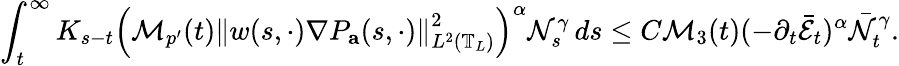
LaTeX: \int_{t}^{\infty}K_{s-t}\left(\mathcal{M}_{p^{\prime}}(t)\left\| w(s,\cdot)\nabla P_{\mathbf{a}}(s,\cdot)\right\| _{L^{2}\left(\mathbb{T}_{L}\right)}^{2}\right)^{\alpha}\mathcal{N}_{s}^{\gamma}\, ds\leq C\mathcal{M}_{3}(t)(-\partial_{t}\bar{\mathcal{E}}_{t})^{\alpha}\bar{\mathcal{N}}_{t}^{\gamma}.